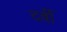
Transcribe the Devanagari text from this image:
दर्बी